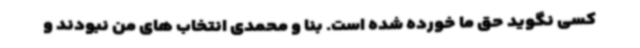
کسی نگوید حق ما خورده شده است. بنا و محمدی انتخاب های من نبودند و